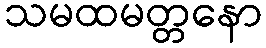
သမထမတ္တနော